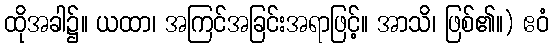
ထိုအခါ၌။ ယထာ၊ အကြင်အခြင်းအရာဖြင့်။ အာသိ၊ ဖြစ်၏။) ဧဝံ